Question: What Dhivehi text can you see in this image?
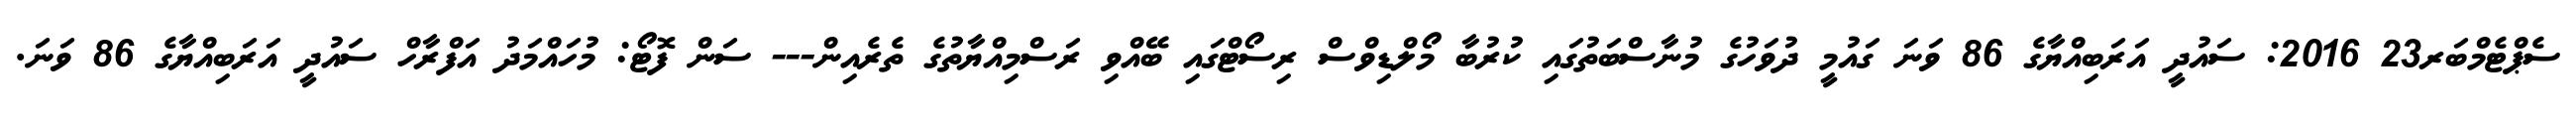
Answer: ސެޕްޓެމްބަރ23 2016: ސައުދީ އަރަބިއްޔާގެ 86 ވަނަ ގައުމީ ދުވަހުގެ މުނާސްބަތުގައި ކުރުބާ މޯލްޑިވްސް ރިސޯޓްގައި ބޭއްވި ރަސްމިއްޔާތުގެ ތެރެއިން--- ސަން ފޮޓޯ: މުހައްމަދު އަފްރާހް ސައުދީ އަރަބިއްޔާގެ 86 ވަނަ.